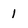
Character: 1